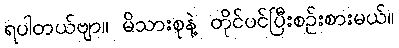
ရပါတယ်ဗျာ။ မိသားစုနဲ့ တိုင်ပင်ပြီးစဉ်းစားမယ်။